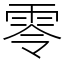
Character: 零